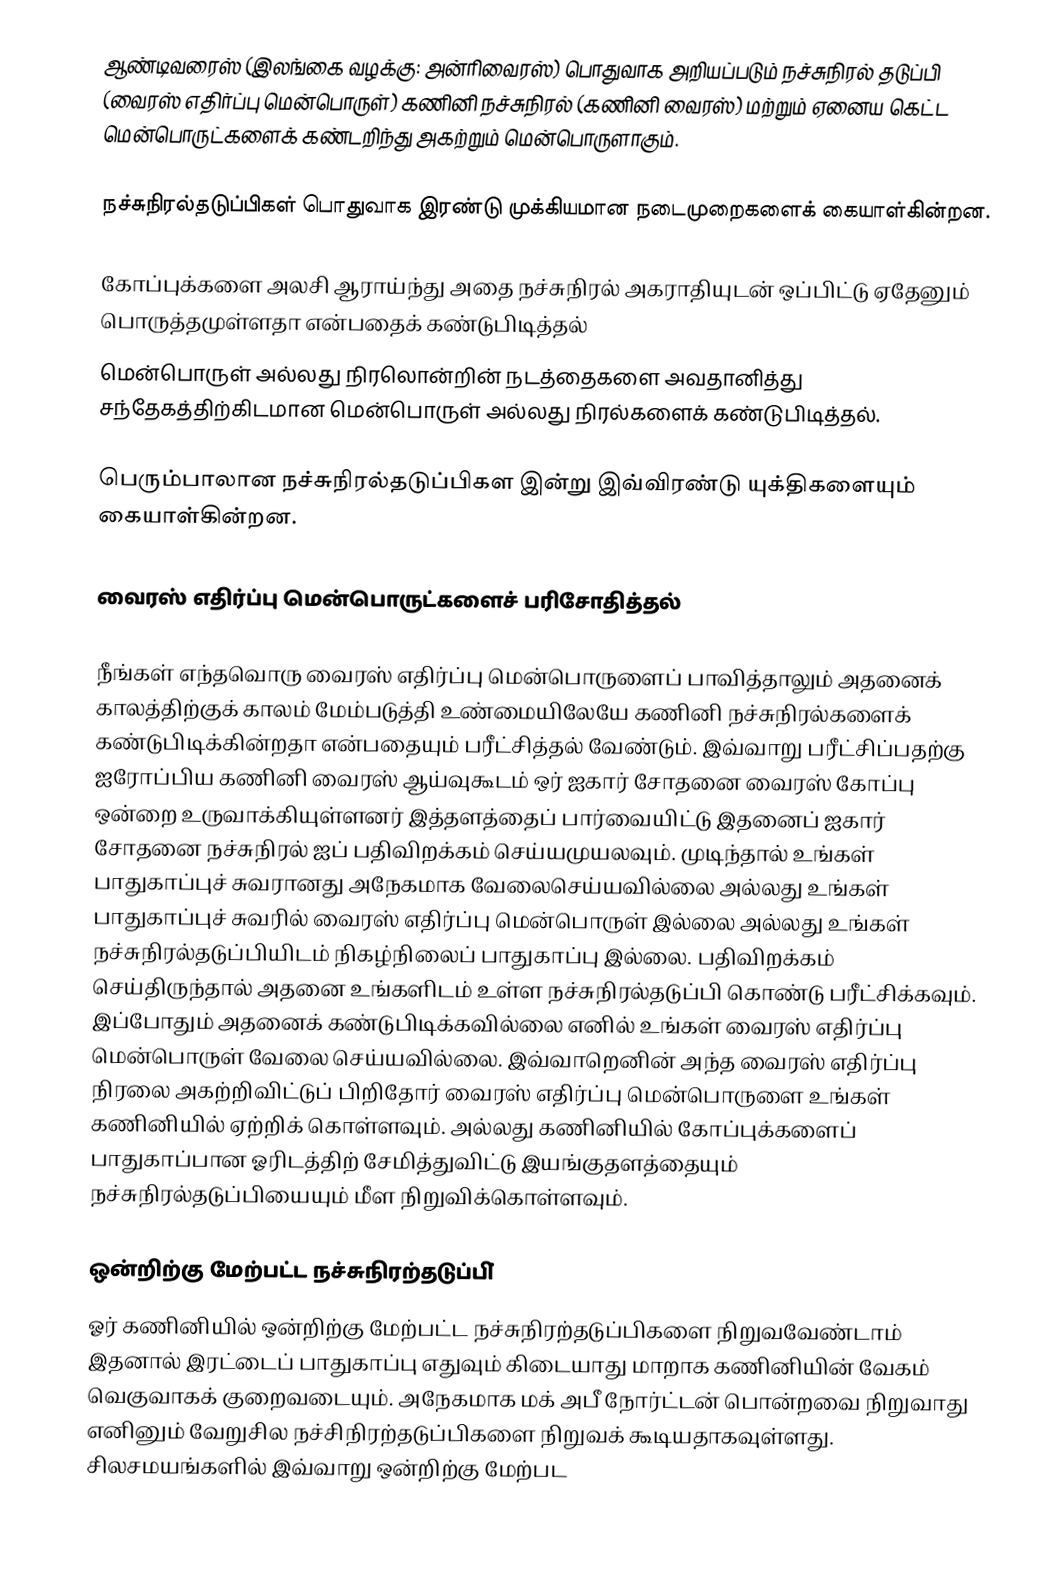
ஆண்டிவரைஸ் (இலங்கை வழக்கு: அன்ரிவைரஸ்) பொதுவாக அறியப்படும் நச்சுநிரல் தடுப்பி (வைரஸ் எதிர்ப்பு மென்பொருள்) கணினி நச்சுநிரல் (கணினி வைரஸ்) மற்றும் ஏனைய கெட்ட மென்பொருட்களைக் கண்டறிந்து அகற்றும் மென்பொருளாகும்.

நச்சுநிரல்தடுப்பிகள் பொதுவாக இரண்டு முக்கியமான நடைமுறைகளைக் கையாள்கின்றன.

கோப்புக்களை அலசி ஆராய்ந்து அதை நச்சுநிரல் அகராதியுடன் ஒப்பிட்டு ஏதேனும் பொருத்தமுள்ளதா என்பதைக் கண்டுபிடித்தல்
மென்பொருள் அல்லது நிரலொன்றின் நடத்தைகளை அவதானித்து சந்தேகத்திற்கிடமான மென்பொருள் அல்லது நிரல்களைக் கண்டுபிடித்தல்.

பெரும்பாலான நச்சுநிரல்தடுப்பிகள இன்று இவ்விரண்டு யுக்திகளையும் கையாள்கின்றன.

வைரஸ் எதிர்ப்பு மென்பொருட்களைச் பரிசோதித்தல்

நீங்கள் எந்தவொரு வைரஸ் எதிர்ப்பு மென்பொருளைப் பாவித்தாலும் அதனைக் காலத்திற்குக் காலம் மேம்படுத்தி உண்மையிலேயே கணினி நச்சுநிரல்களைக் கண்டுபிடிக்கின்றதா என்பதையும் பரீட்சித்தல் வேண்டும். இவ்வாறு பரீட்சிப்பதற்கு ஐரோப்பிய கணினி வைரஸ் ஆய்வுகூடம் ஒர்  ஐகார் சோதனை வைரஸ் கோப்பு  ஒன்றை உருவாக்கியுள்ளனர் இத்தளத்தைப் பார்வையிட்டு இதனைப் ஐகார் சோதனை நச்சுநிரல் ஐப் பதிவிறக்கம் செய்யமுயலவும். முடிந்தால் உங்கள் பாதுகாப்புச் சுவரானது அநேகமாக வேலைசெய்யவில்லை அல்லது உங்கள் பாதுகாப்புச் சுவரில் வைரஸ் எதிர்ப்பு மென்பொருள் இல்லை அல்லது உங்கள் நச்சுநிரல்தடுப்பியிடம் நிகழ்நிலைப் பாதுகாப்பு இல்லை. பதிவிறக்கம் செய்திருந்தால் அதனை உங்களிடம் உள்ள நச்சுநிரல்தடுப்பி கொண்டு பரீட்சிக்கவும். இப்போதும் அதனைக் கண்டுபிடிக்கவில்லை எனில் உங்கள் வைரஸ் எதிர்ப்பு மென்பொருள் வேலை செய்யவில்லை. இவ்வாறெனின் அந்த வைரஸ் எதிர்ப்பு நிரலை அகற்றிவிட்டுப் பிறிதோர் வைரஸ் எதிர்ப்பு மென்பொருளை உங்கள் கணினியில் ஏற்றிக் கொள்ளவும். அல்லது கணினியில் கோப்புக்களைப் பாதுகாப்பான ஓரிடத்திற் சேமித்துவிட்டு இயங்குதளத்தையும் நச்சுநிரல்தடுப்பியையும் மீள நிறுவிக்கொள்ளவும்.

ஒன்றிற்கு மேற்பட்ட நச்சுநிரற்தடுப்பி்
ஓர் கணினியில் ஒன்றிற்கு மேற்பட்ட நச்சுநிரற்தடுப்பிகளை  நிறுவவேண்டாம் இதனால் இரட்டைப் பாதுகாப்பு எதுவும் கிடையாது மாறாக கணினியின் வேகம் வெகுவாகக் குறைவடையும். அநேகமாக மக் அபீ நோர்ட்டன் பொன்றவை நிறுவாது எனினும் வேறுசில நச்சிநிரற்தடுப்பிகளை நிறுவக் கூடியதாகவுள்ளது. சிலசமயங்களில் இவ்வாறு ஒன்றிற்கு மேற்பட